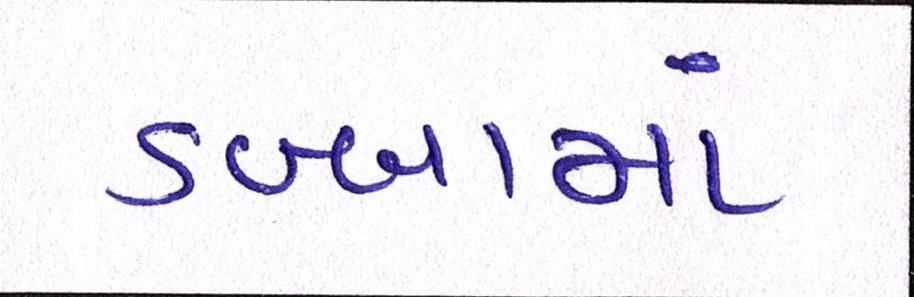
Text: ડબ્બામાં